Cholera in India, 1862 to 1881
Year: 1862
Disease focus: Cholera
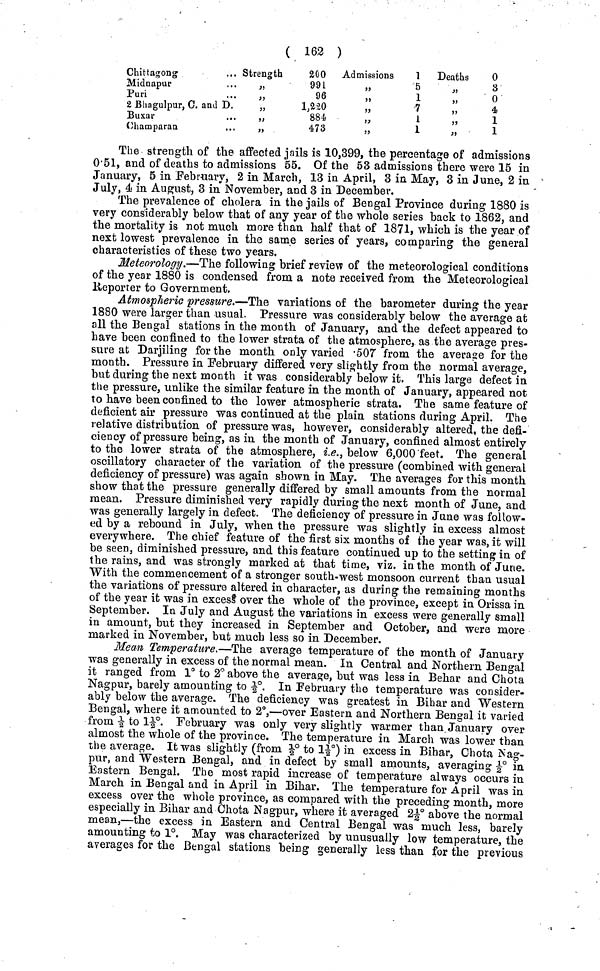
( 162 )
Chittagong
. ,
Midnapur
. ,
Puri
2 Bhagulpur, C. and D
Buxar
. .
Champaran
. .
Strength
200
991
96
1,220
884
473
Admissions
1
5
1
7
1
1
Deaths
0
3
0
4
1
1
The strength of the affected jails is 10,399, the percentage of admissions
0·51, and of deaths to admissions 55. Of the 53 admissions there were 15 in
January, 5 in February, 2 in March, 13 in April, 3 in May, 3 in June, 2 in
July, 4 in August, 3 in November, and 3 in December.
The prevalence of cholera in the jails of Bengal Province during 1880 is
very considerably below that of any year of the whole series back to 1862, and
the mortality is not much more than half that of 1871, which is the year of
next lowest prevalence in the same series of years, comparing the general
characteristics of these two years.
Meteorology.—The following brief review of the meteorological conditions
of the year 1880 is condensed from a note received from the Meteorological
Re
Atmospheric pressure.—The variations of the barometer during the year
1880 were larger than usual. Pressure was considerably below the average at
all the Bengal stations in the month of January, and the defect appeared to
have been confined to the lower strata of the atmosphere, as the average pres-
sure at Darjiling for the month only varied ·507 from the average for the
month. Pressure in February differed very slightly from the normal average,
but during the next month it was considerably below it. This large defect in
the pressure, unlike the similar feature in the month of January, appeared not
to have been confined to the lower atmospheric strata. The same feature of
deficient air pressure was continued at the plain stations during April. The
relative distribution of pressure was, however, considerably altered, the defi-
ciency of pressure being, as in the month of January, confined almost entirely
to the lower strata of the atmosphere, i.e., below 6,000 feet. The general
oscillatory character of the variation of the pressure (combined with general
deficiency of pressure) was again shown in May. The averages for this month
show that the pressure generally differed by small amounts from the normal
mean. Pressure diminished very rapidly during the next month of June, and
was generally largely in defect. The deficiency of pressure in June was follow-
ed by a rebound in July, when the pressure was slightly in excess almost
everywhere. The chief feature of the first six months of the year was, it will
be seen, diminished pressure, and this feature continued up to the setting in of
the rains, and was strongly marked at that time, viz. in the month of June.
With the commencement of a stronger south-west monsoon current than usual
the variations of pressure altered in character, as during the remaining months
of the year it was in excess over the whole of the province, except in Orissa in
September. In July and August the variations in excess were generally small
in amount, but they increased in September and October, and were more
marked in November, but much less so in December.
Mean Temperature.—The average temperature of the month of January
was generally in excess of the normal mean. In Central and Northern Bengal
it ranged from 1° to 2° above the average, but was less in Behar and Chota
Nagpur, barely amounting to - 1 / 2°. In February the temperature was consider-
ably below the average. The deficiency was greatest in Bihar and Western
Bengal, where it amounted to 2°,—over Eastern and Northern Bengal it varied
from -½ to ½J°. February was only very slightly warmer than. January over
almost the whole of the province. The temperature in March was lower than
the average. It was slightly (from ½° to 1½°) in excess in Bihar, Chota Nag-
pur, and Western Bengal, and in defect by small amounts, averaging ½° in
Eastern Bengal. The most rapid increase of temperature always occurs in
March in Bengal and in April in Bihar. The temperature for April was in
excess over the whole province, as compared with the preceding month, more
especially in Bihar and Chota Nagpur, where it averaged 2½° above the normal
mean,—the excess in Eastern and Central Bengal was much less, barely
amounting to 1°. May was characterized by unusually low temperature, the
averages for the Bengal stations being generally less than for the previous